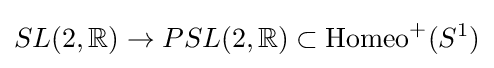
SL(2,\mathbb {R} )\to PSL(2,\mathbb {R} )\subset \operatorname {Homeo} ^{+}(S^{1})